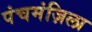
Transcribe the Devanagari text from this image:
पंचमंज़िला